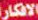
الافكار